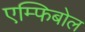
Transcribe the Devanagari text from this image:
एम्फिबोल